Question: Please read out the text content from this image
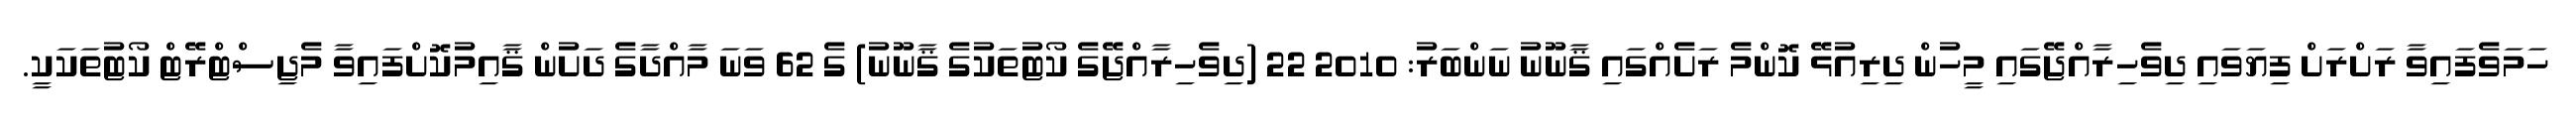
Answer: ހަމަވެފައިވާ ރަށްރަށް ފިޔަވައި ދިވެހިރާއްޖޭގައި މީހުން ދިރިއުޅޭ ކޮންމެ ރަށެއްގައި ޤާނޫނު ނަންބަރު: 2010 22 (ދިވެހިރާއްޖޭގެ ކޯޓުތަކުގެ ޤާނޫނު) ގެ 62 ވަނަ މާއްދާގެ ދަށުން ޤާއިމުކޮށްފައިވާ މެޖިސްޓްރޭޓް ކޯޓުތަކަކީ.